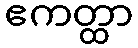
ဧကတ္ထာ